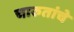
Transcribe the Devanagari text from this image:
चारुतांचे